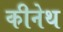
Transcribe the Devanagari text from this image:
कीनेथ